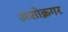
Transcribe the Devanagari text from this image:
अशोक्नगर